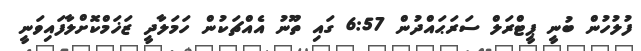
ފުލުހުން ބުނީ ޕީޓްރަލް ސަރަޙައްދުން 6:57 ގައި ތޫނު އެއްޗަކުން ހަމަލާދީ ޒަޚަމްކޮށްލާފައިވަނީ